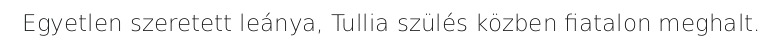
Egyetlen szeretett leánya, Tullia szülés közben fiatalon meghalt.